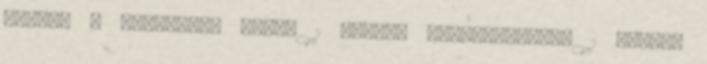
MURPHY A fiatalság titka 1 Murphy törvénykönyve 1 MURRAY